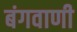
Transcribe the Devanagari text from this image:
बंगवाणी